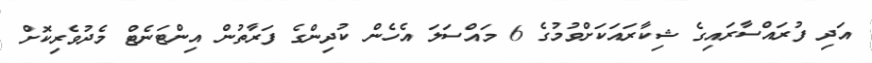
އަދި ފުރައްސާރައިގެ ޝިކާރައަކަށްވުމުގެ 6 މައްސަލަ އެހެން ކުދިންގެ ފަރާތުން އިންޓަނެޓް މެދުވެރިކޮށް